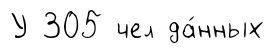
У 305 чел да́нных